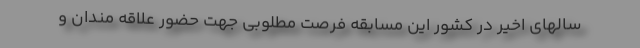
سالهای اخیر در کشور این مسابقه فرصت مطلوبی جهت حضور علاقه مندان و